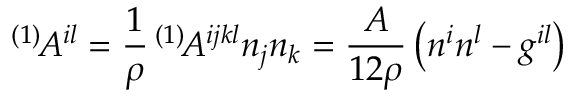
^ { ( 1 ) } \! { \cal A } ^ { i l } = \frac 1 \rho \, ^ { ( 1 ) } \! A ^ { i j k l } n _ { j } n _ { k } = \frac { A } { 1 2 \rho } \left( n ^ { i } n ^ { l } - g ^ { i l } \right)